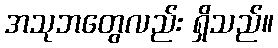
အသုဘတွေလည်း ရှိသည်။